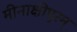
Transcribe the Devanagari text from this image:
मीनाक्षीपुरम्